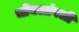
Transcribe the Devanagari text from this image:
भोंयआंवली